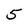
Character: 5